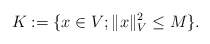
\begin{align*}K:=\{x\in V; \|x\|_V^2\le M\}.\end{align*}